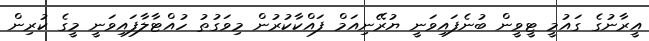
އީރާނުގެ ގައުމީ ޓީވީން ބުނެފައިވަނީ ޔުރޭނިއަމް ފައްކާކުރުން މިވަގުތު ހުއްޓާލާފައިވަނީ މީގެ ކުރިން